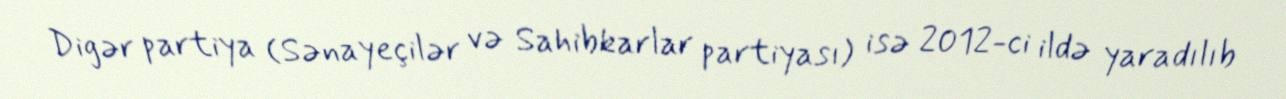
Digər partiya (Sənayeçilər və Sahibkarlar partiyası) isə 2012-ci ildə yaradılıb